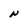
Character: N